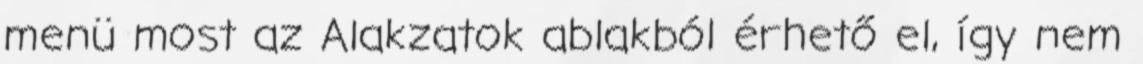
menü most az Alakzatok ablakból érhető el, így nem